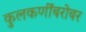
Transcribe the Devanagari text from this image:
कुलकर्णींबरोबर